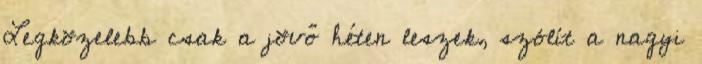
Legközelebb csak a jövő héten leszek, szólít a nagyi